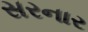
સરનાર